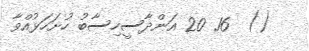
()  16